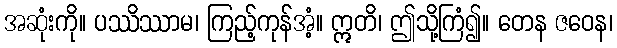
အဆုံးကို။ ပဿိဿာမ၊ ကြည့်ကုန်အံ့။ ဣတိ၊ ဤသို့ကြံ၍။ တေန ဇဝေန၊